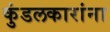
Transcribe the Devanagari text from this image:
कुंडलकारांना